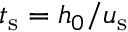
t _ { \mathrm { s } } = h _ { 0 } / u _ { \mathrm { s } }